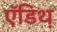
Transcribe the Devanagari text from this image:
ऍडिथ़